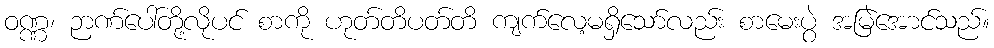
ဝဏ္ဏ၊ ဉာဏ်ပေါ်တို့လိုပင် စာကို ဟုတ်တိပတ်တိ ကျက်လေ့မရှိသော်လည်း စာမေးပွဲ အမြဲအောင်သည်။